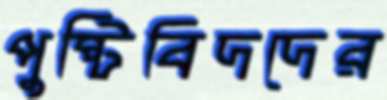
পুষ্টিবিদদের